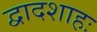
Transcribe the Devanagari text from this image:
द्वादशाहः